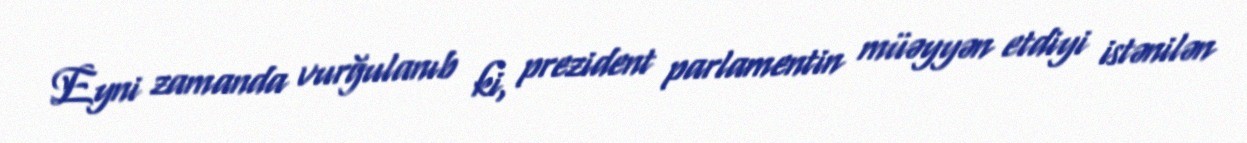
Eyni zamanda vurğulanıb ki, prezident parlamentin müəyyən etdiyi istənilən